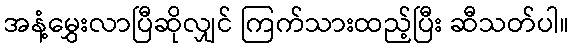
အနံ့မွှေးလာပြီဆိုလျှင် ကြက်သားထည့်ပြီး ဆီသတ်ပါ။